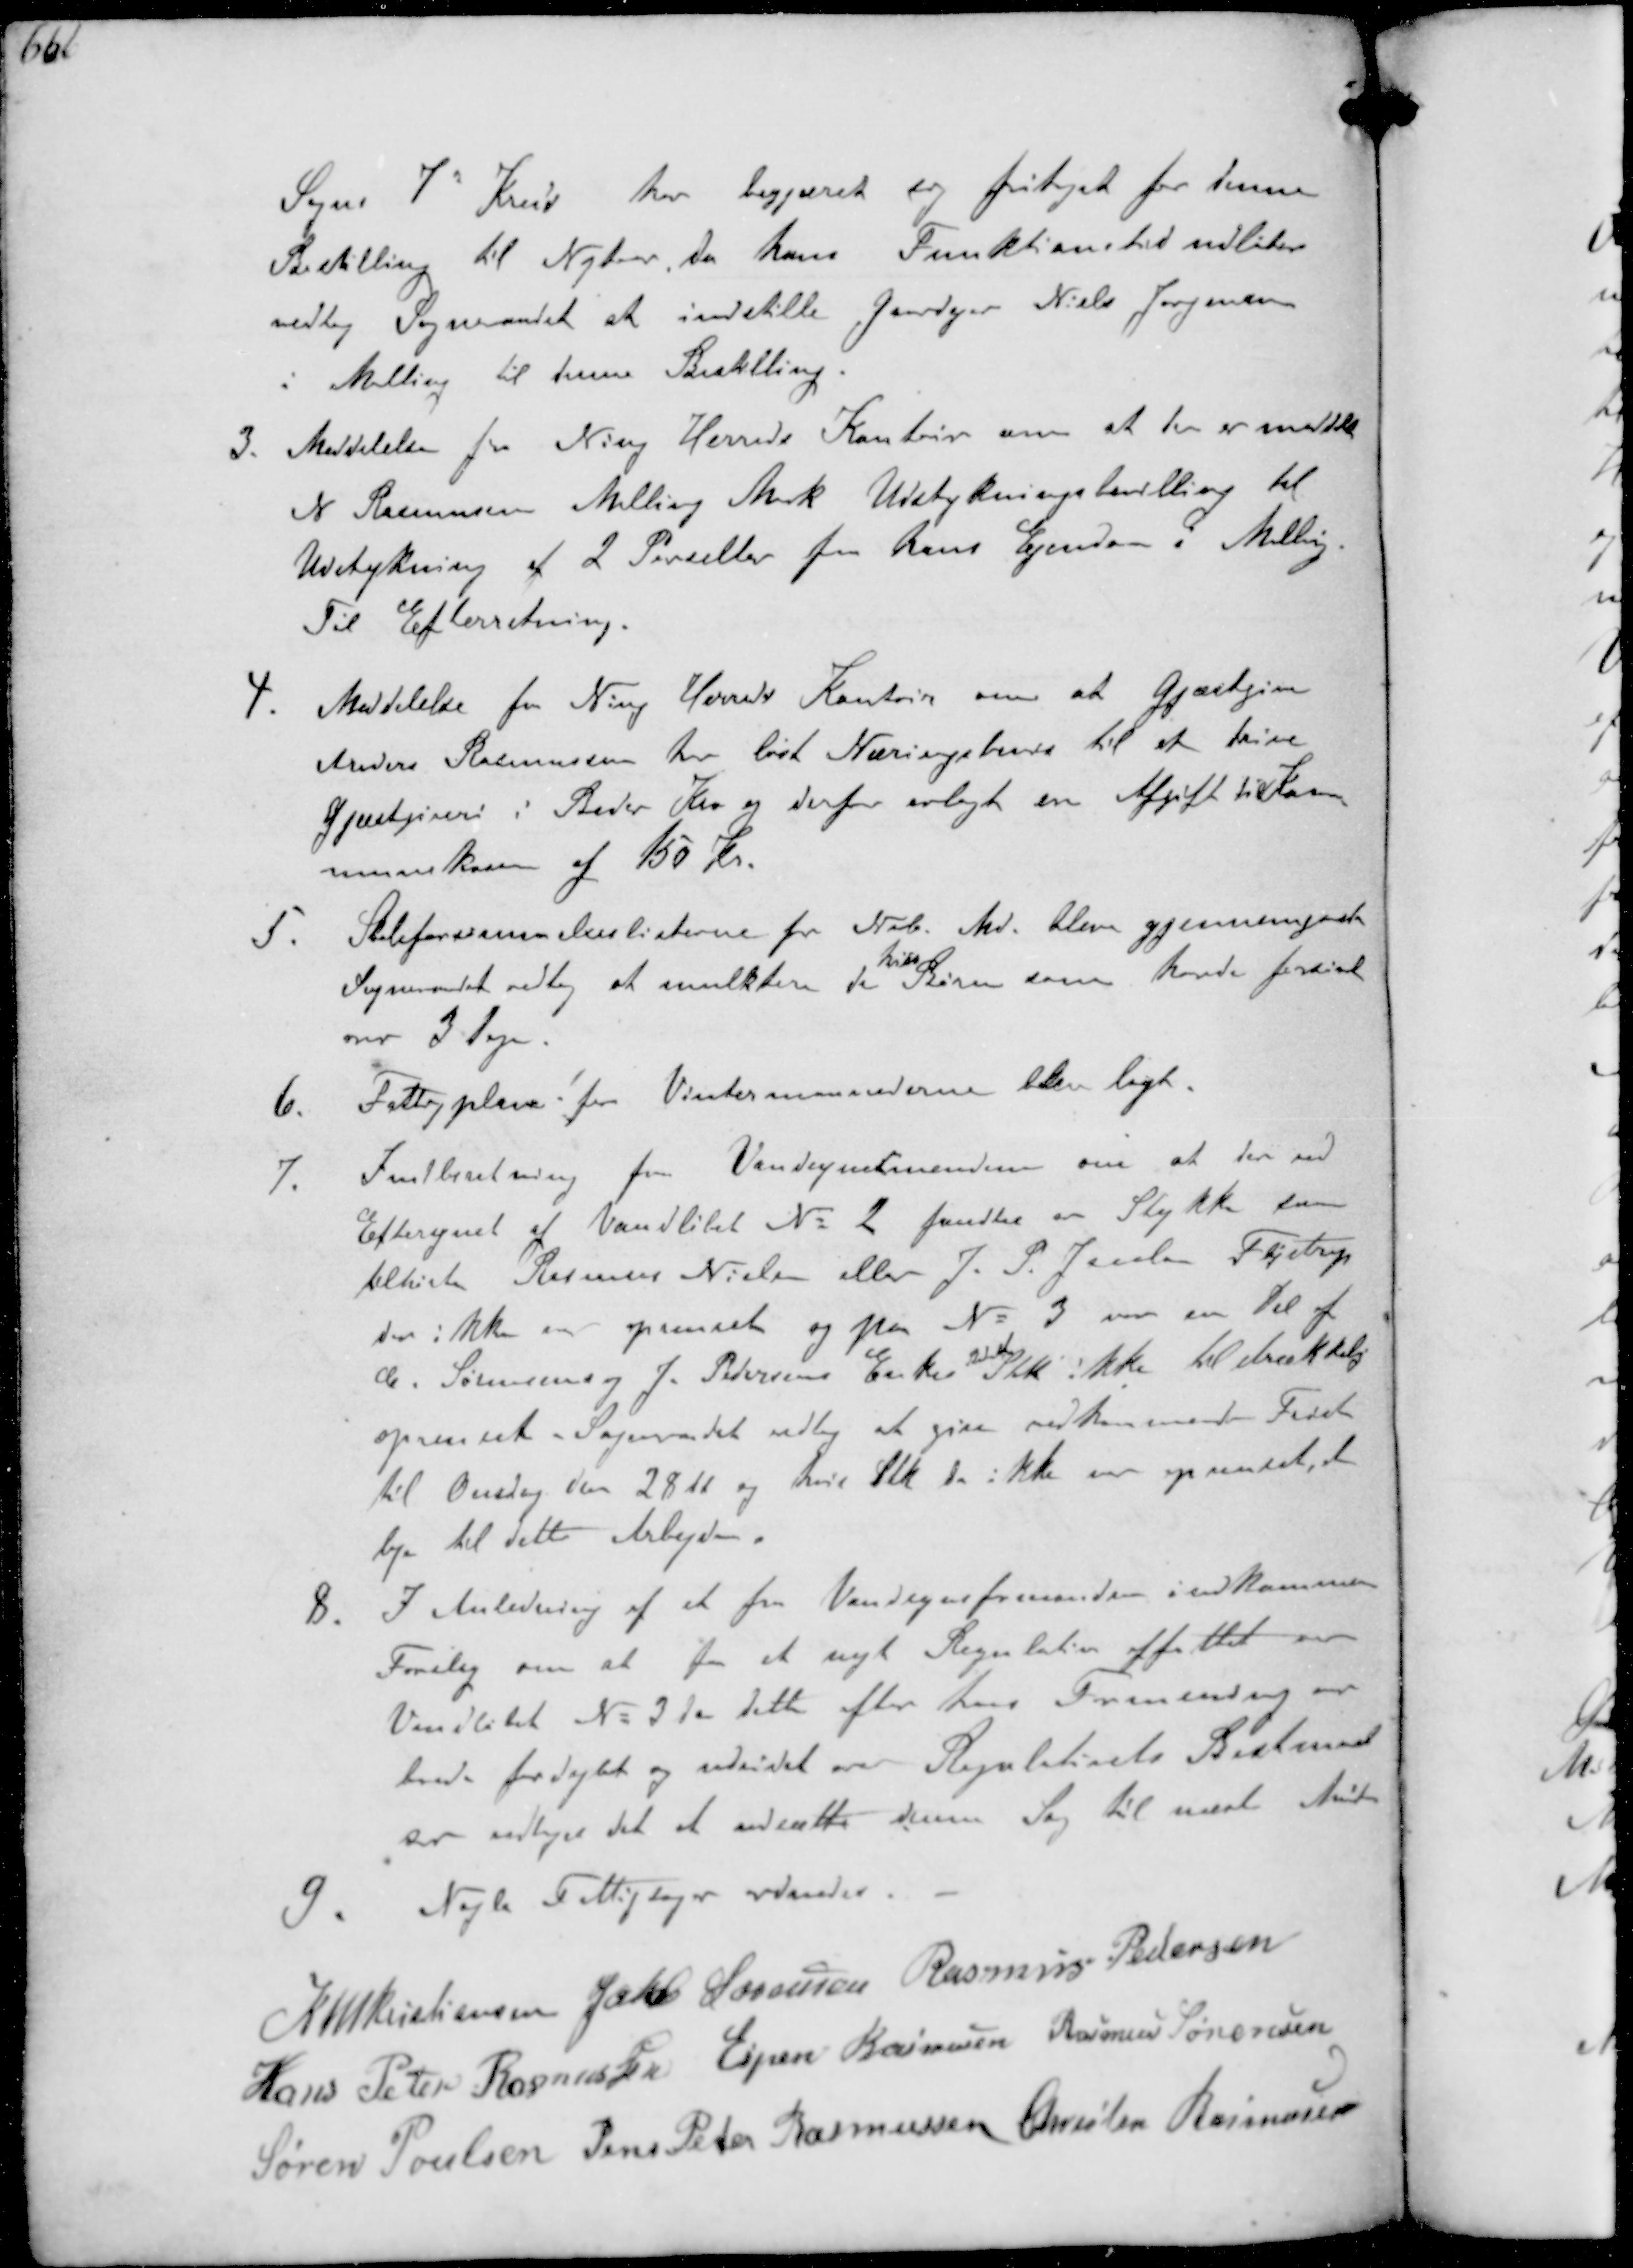
Transskription:
Sogns 7' Kreds har begjæret sig fritaget for denne
Bestilling til Nytaar da hans Funktionstid udløber
vedtog Sogneraadet at indstille Gaardejer Niels Jørgensen
i Malling til denne Bestilling.
3. Meddelelse fra Ning Herreds Kontor om at der er meddelt
N Rasmussen Malling Mark Udstykningsbevilling til
Udstykning af 2 Parceller fra hans Ejendom i Malling
Til Efterretning.
4. Meddelelse fra Ning Herreds Kontor om at Gjæstgiver
Anders Rasmussen har løst Næringsbevis til at drive
Gæstgiveri i Beder Kro og derfor erlagt en Afgift til Kom-
munekassen af 150 Kr.
5. Skoleforsømmelseslisterne for Nvb. Md. blev gjennemgaaede
Sogneraadet vedtog at mulktere de Børn som havde forsømt
over 3 Dage
6. Fattigplan for Vintermaanederne blev lagt.
7. Indberetning fra Vandsynsmændene om at der ved
Eftersynet af Vandløbet No 2 fandtes er Stykke som
tilhørte Rasmus Nielsen eller J. P. Jacobsen Fløjstrup
der ikke er oprenset og paa No 3 var en Del at
C. Sørensen og J. Pedersens Enke Stykke ikke tilstrækkelig
oprenset Sogneraadet vedtog at give vedkommende Frist
til Onsdag den 28 ds og hvis Stk da ikke var oprenset, at
leje til dette Arbejde.
8. I Anledning af et fra Vandsynsformanden indkommen
Forslag om at faa et nyt Regulativ affattet om
Vandløbet No 3 da dette efter hans Formening nu
burde fordybet og udvidet over Regulativets Bestemmel-
rer vedtoges det at udsætte denne Sag til næste Møde
9 Nogle Fattigsager ordnedes
K N M Kristiansen Jakob Sørensen Rasmus Pedersen
Hans Peter Rasmussen Espen Rasmussen Rasmus Sørensen
Søren Poulsen Jens Peter Rasmussen Christen Rasmussen